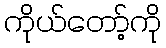
ကိုယ်တော့်ကို